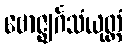
ဗောဇ္ဈင်္ဂသံယုတ္တံ